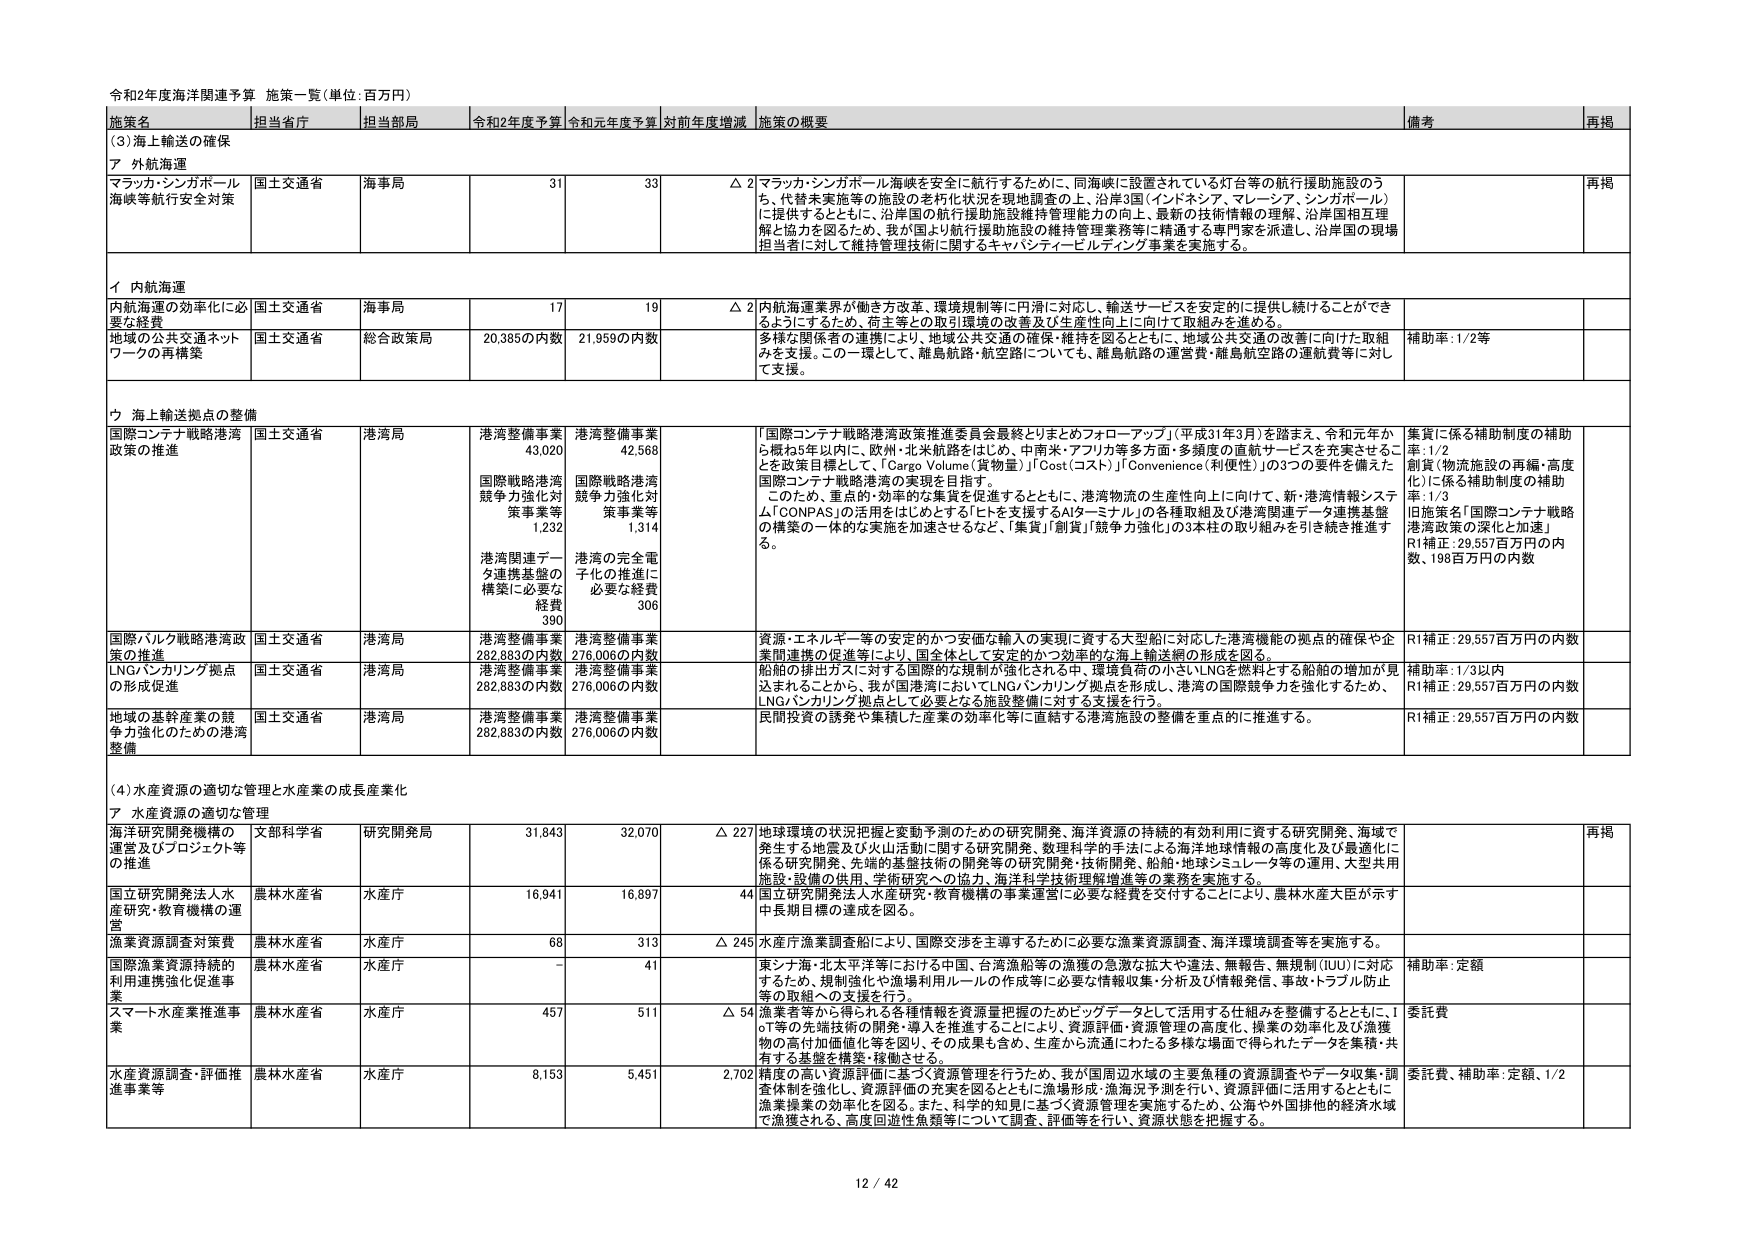
令和2年度海洋関連予算 施策一覧（単位：百万円）

施策名 担当省庁 担当部局 令和2年度予算 令和元年度予算 対前年度増減 施策の概要 備考 再掲

（3）海上輸送の確保

ア 外航海運

マラッカ・シンガポール 海峡等航行安全対策 国土交通省 海事局 31 33 △ 2 マラッカ・シンガポール海峡を安全に航行するために、同海峡に設置されている灯台等の航行援助施設のうち、代替未実施等の施設の老朽化状況を現地調査の上、沿岸3国（インドネシア、マレーシア、シンガポール）に提供するとともに、沿岸国の航行援助施設維持管理能力の向上、最新の技術情報の理解、沿岸国相互理解と協力を図るため、我が国より航行援助施設の維持管理業務等に精通する専門家を派遣し、沿岸国の現場担当者に対して維持管理技術に関するキャパシティービルディング事業を実施する。 再掲

イ 内航海運

内航海運の効率化に必要な経費 国土交通省 海事局 17 19 △ 2 内航海運業界が働き方改革、環境規制等に円滑に対応し、輸送サービスを安定的に提供し続けることができるようとするため、荷主等との取り環境の改善及び生産性向上に向けて取組みを進める。

地域の公共交通ネットワークの再構築 国土交通省 総合政策局 20,385の内数 21,959の内数 多様な関係者の連携により、地域公共交通の確保・維持を図るとともに、地域公共交通の改善に向けた取組みを支援。この一環として、離島航路・航空路についても、離島航路の運営費・離島航空路の運航費等に対して支援。 補助率：1/2等

ウ 海上輸送拠点の整備

国際コンテナ戦略港湾政策の推進 国土交通省 港湾局 港湾整備事業 43,020 港湾整備事業 42,568 「国際コンテナ戦略港湾政策推進委員会最終とりまとめのフォローアップ」（平成31年3月）を踏まえ、令和元年から概ね5年以内に、欧州・北米航路をはじめ、中南米・アフリカ等多方面・多頻度の直航サービスを充実させることを政策目標として、「Cargo Volume（貨物量）」「Cost（コスト）」「Convenience（利便性）」の3つの要件を備えた国際コンテナ戦略港湾の実現を目指す。 このため、重点的・効率的な集貨を促進するとともに、港湾物流の生産性向上に向けて、新・港湾情報システム「CONPAS」の活用をはじめとするITを支援するAIターミナル」の各種取組及び港湾関連データ連携基盤の構築の一体的な実施を加速させるなど、「集貨」「制貨」「競争力強化」の3本柱の取り組みを引き続き推進する。 集貨に係る補助制度の補助率：1/2 創貨（物流施設の再編・高度化）に係る補助制度の補助率：1/3 旧施策名「国際コンテナ戦略港湾政策の深化と加速」 R1補正：29,557百万円の内数、198百万円の内数

国際バトル戦略港湾政策の推進 国土交通省 港湾局 港湾整備事業 282,883の内数 港湾整備事業 276,006の内数 資源・エネルギー等の安定的かつ安価な輸入の実現に資する大型船に対応した港湾機能の拠点的確保や企業間連携の促進等により、国全体として安定的かつ効率的な海上輸送網の形成を図る。 R1補正：29,557百万円の内数

LNGバンカリング拠点の形成促進 国土交通省 港湾局 港湾整備事業 282,883の内数 港湾整備事業 276,006の内数 船舶の排出ガスに対する国際的な規制が強化される中、環境負荷の小さいLNGを燃料とする船舶の増加が見込まれることから、我が国港湾においてLNGバンカリング拠点を形成し、港湾の国際競争力を強化するため、LNGバンカリング拠点として必要となる施設整備に対する支援を行う。 補助率：1/3以内 R1補正：29,557百万円の内数

地域の基幹産業の競争力強化のための港湾整備 国土交通省 港湾局 港湾整備事業 282,883の内数 港湾整備事業 276,006の内数 民間投資の誘発や集積した産業の効率化等に直結する港湾施設の整備を重点的に推進する。 R1補正：29,557百万円の内数

（4）水産資源の適切な管理と水産業の成長産業化

ア 水産資源の適切な管理

海洋研究開発機構の運営及びプロジェクト等の推進 文部科学省 研究開発局 31,843 32,070 △ 227 地球環境の状況把握と変動予測のための研究開発、海洋資源の持続的有効利用に資する研究開発、海域で発生する地震及び火山活動に関する研究開発、数理科学的手法による海洋地球情報の高度化及び最適化に係る研究開発、先端的基盤技術の開発等の研究開発・技術開発、船舶・地球シミュレータ等の運用、大型共用施設・設備の供用、学術研究への協力、海洋科学技術理解増進等の業務を実施する。 再掲

国立研究開発法人水産研究・教育機構の運営 農林水産省 水産庁 16,941 16,897 44 国立研究開発法人水産研究・教育機構の事業運営に必要な経費を交付することにより、農林水産大臣が示す中長期目標の達成を図る。

漁業資源調査対策費 農林水産省 水産庁 68 313 △ 245 水産庁漁業資源調査により、国際交渉を主導するために必要な漁業資源調査、海洋環境調査等を実施する。

国際漁業資源持続的利用連携強化促進事業 農林水産省 水産庁 - 41 東シナ海・北太平洋等における中国、台湾漁船等の漁獲の急激な拡大や違法、無報告、無規制（IUU）に対応するため、規制強化や漁場利用ルールの作成等に必要な情報収集・分析及び情報発信、事故・トラブル防止等の取組への支援を行う。 補助率：定額

スマート水産業推進事業 農林水産省 水産庁 457 511 △ 54 漁業者等から得られる各種情報を資源量把握のためビッグデータとして活用する仕組みを整備するとともに、IoT等の先端技術の開発・導入を推進することにより、資源評価・資源管理の高度化、操業の効率化及び漁獲物の高付加価値化等を図り、その成果も含め、生産から流通にわたる多様な場面で得られたデータを集積・共有する基盤を構築・稼働させる。 委託費

水産資源調査・評価推進事業等 農林水産省 水産庁 8,153 5,451 2,702 精度の高い資源評価に基づく資源管理を行うため、我が国周辺水域の主要魚種の資源調査やデータ収集・調査体制を強化し、資源評価の充実を図るとともに漁場形成・漁海況予測を行い、資源評価に活用するとともに漁業操業の効率化を図る。また、科学的知見に基づく資源管理を実施するため、公海や外国排他的経済水域で漁獲される、高度回遊性魚類等について調査、評価等を行い、資源状態を把握する。 委託費、補助率：定額、1/2

12 / 42